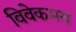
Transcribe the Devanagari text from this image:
विवेकमय